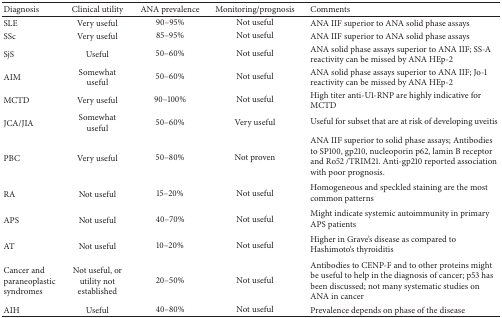
<table><thead><tr><td><b>Diagnosis</b></td><td><b>Clinical utility</b></td><td><b>ANA prevalence</b></td><td><b>Monitoring/prognosis</b></td><td><b>Comments</b></td></tr></thead><tbody><tr><td>SLE</td><td>Very useful</td><td>90–95%</td><td>Not useful</td><td>ANA IIF superior to ANA solid phase assays</td></tr><tr><td>SSc</td><td>Very useful</td><td>85–95%</td><td>Not useful</td><td>ANA IIF superior to ANA solid phase assays</td></tr><tr><td>SjS</td><td>Useful</td><td>50–60%</td><td>Not useful</td><td>ANA solid phase assays superior to ANA IIF; SS-A reactivity can be missed by ANA HEp-2</td></tr><tr><td>AIM</td><td>Somewhat useful</td><td>50–60%</td><td>Not useful</td><td>ANA solid phase assays superior to ANA IIF; Jo-1 reactivity can be missed by ANA HEp-2</td></tr><tr><td>MCTD</td><td>Very useful</td><td>90–100%</td><td>Not useful</td><td>High titer anti-U1-RNP are highly indicative for MCTD</td></tr><tr><td>JCA/JIA</td><td>Somewhat useful</td><td>50–60%</td><td>Very useful</td><td>Useful for subset that are at risk of developing uveitis</td></tr><tr><td>PBC</td><td>Very useful</td><td>50–80%</td><td>Not proven</td><td>ANA IIF superior to solid phase assays; Antibodies to SP100, gp210, nucleoporin p62, lamin B receptor and Ro52 /TRIM21. Anti-gp210 reported association with poor prognosis.</td></tr><tr><td>RA</td><td>Not useful</td><td>15–20%</td><td>Not useful</td><td>Homogeneous and speckled staining are the most common patterns </td></tr><tr><td>APS</td><td>Not useful</td><td>40–70%</td><td>Not useful</td><td>Might indicate systemic autoimmunity in primary APS patients</td></tr><tr><td>AT</td><td>Not useful</td><td>10–20%</td><td>Not useful</td><td>Higher in Grave&#x27;s disease as compared to Hashimoto`s thyroiditis</td></tr><tr><td>Cancer and paraneoplastic syndromes</td><td>Not useful, or utility not established</td><td>20–50%</td><td>Not useful</td><td>Antibodies to CENP-F and to other proteins might be useful to help in the diagnosis of cancer; p53 has been discussed; not many systematic studies on ANA in cancer</td></tr><tr><td>AIH</td><td>Useful</td><td>40–80%</td><td>Not useful</td><td>Prevalence depends on phase of the disease </td></tr></tbody></table>